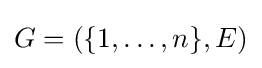
G=(\{1,\ldots ,n\},E)